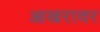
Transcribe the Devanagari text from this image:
आखरावर